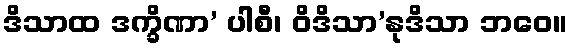
ဒိသာထ ဒက္ခိဏာ’ ပါစီ၊ ဝိဒိသာ’နုဒိသာ ဘဝေ။